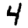
Digit: 4